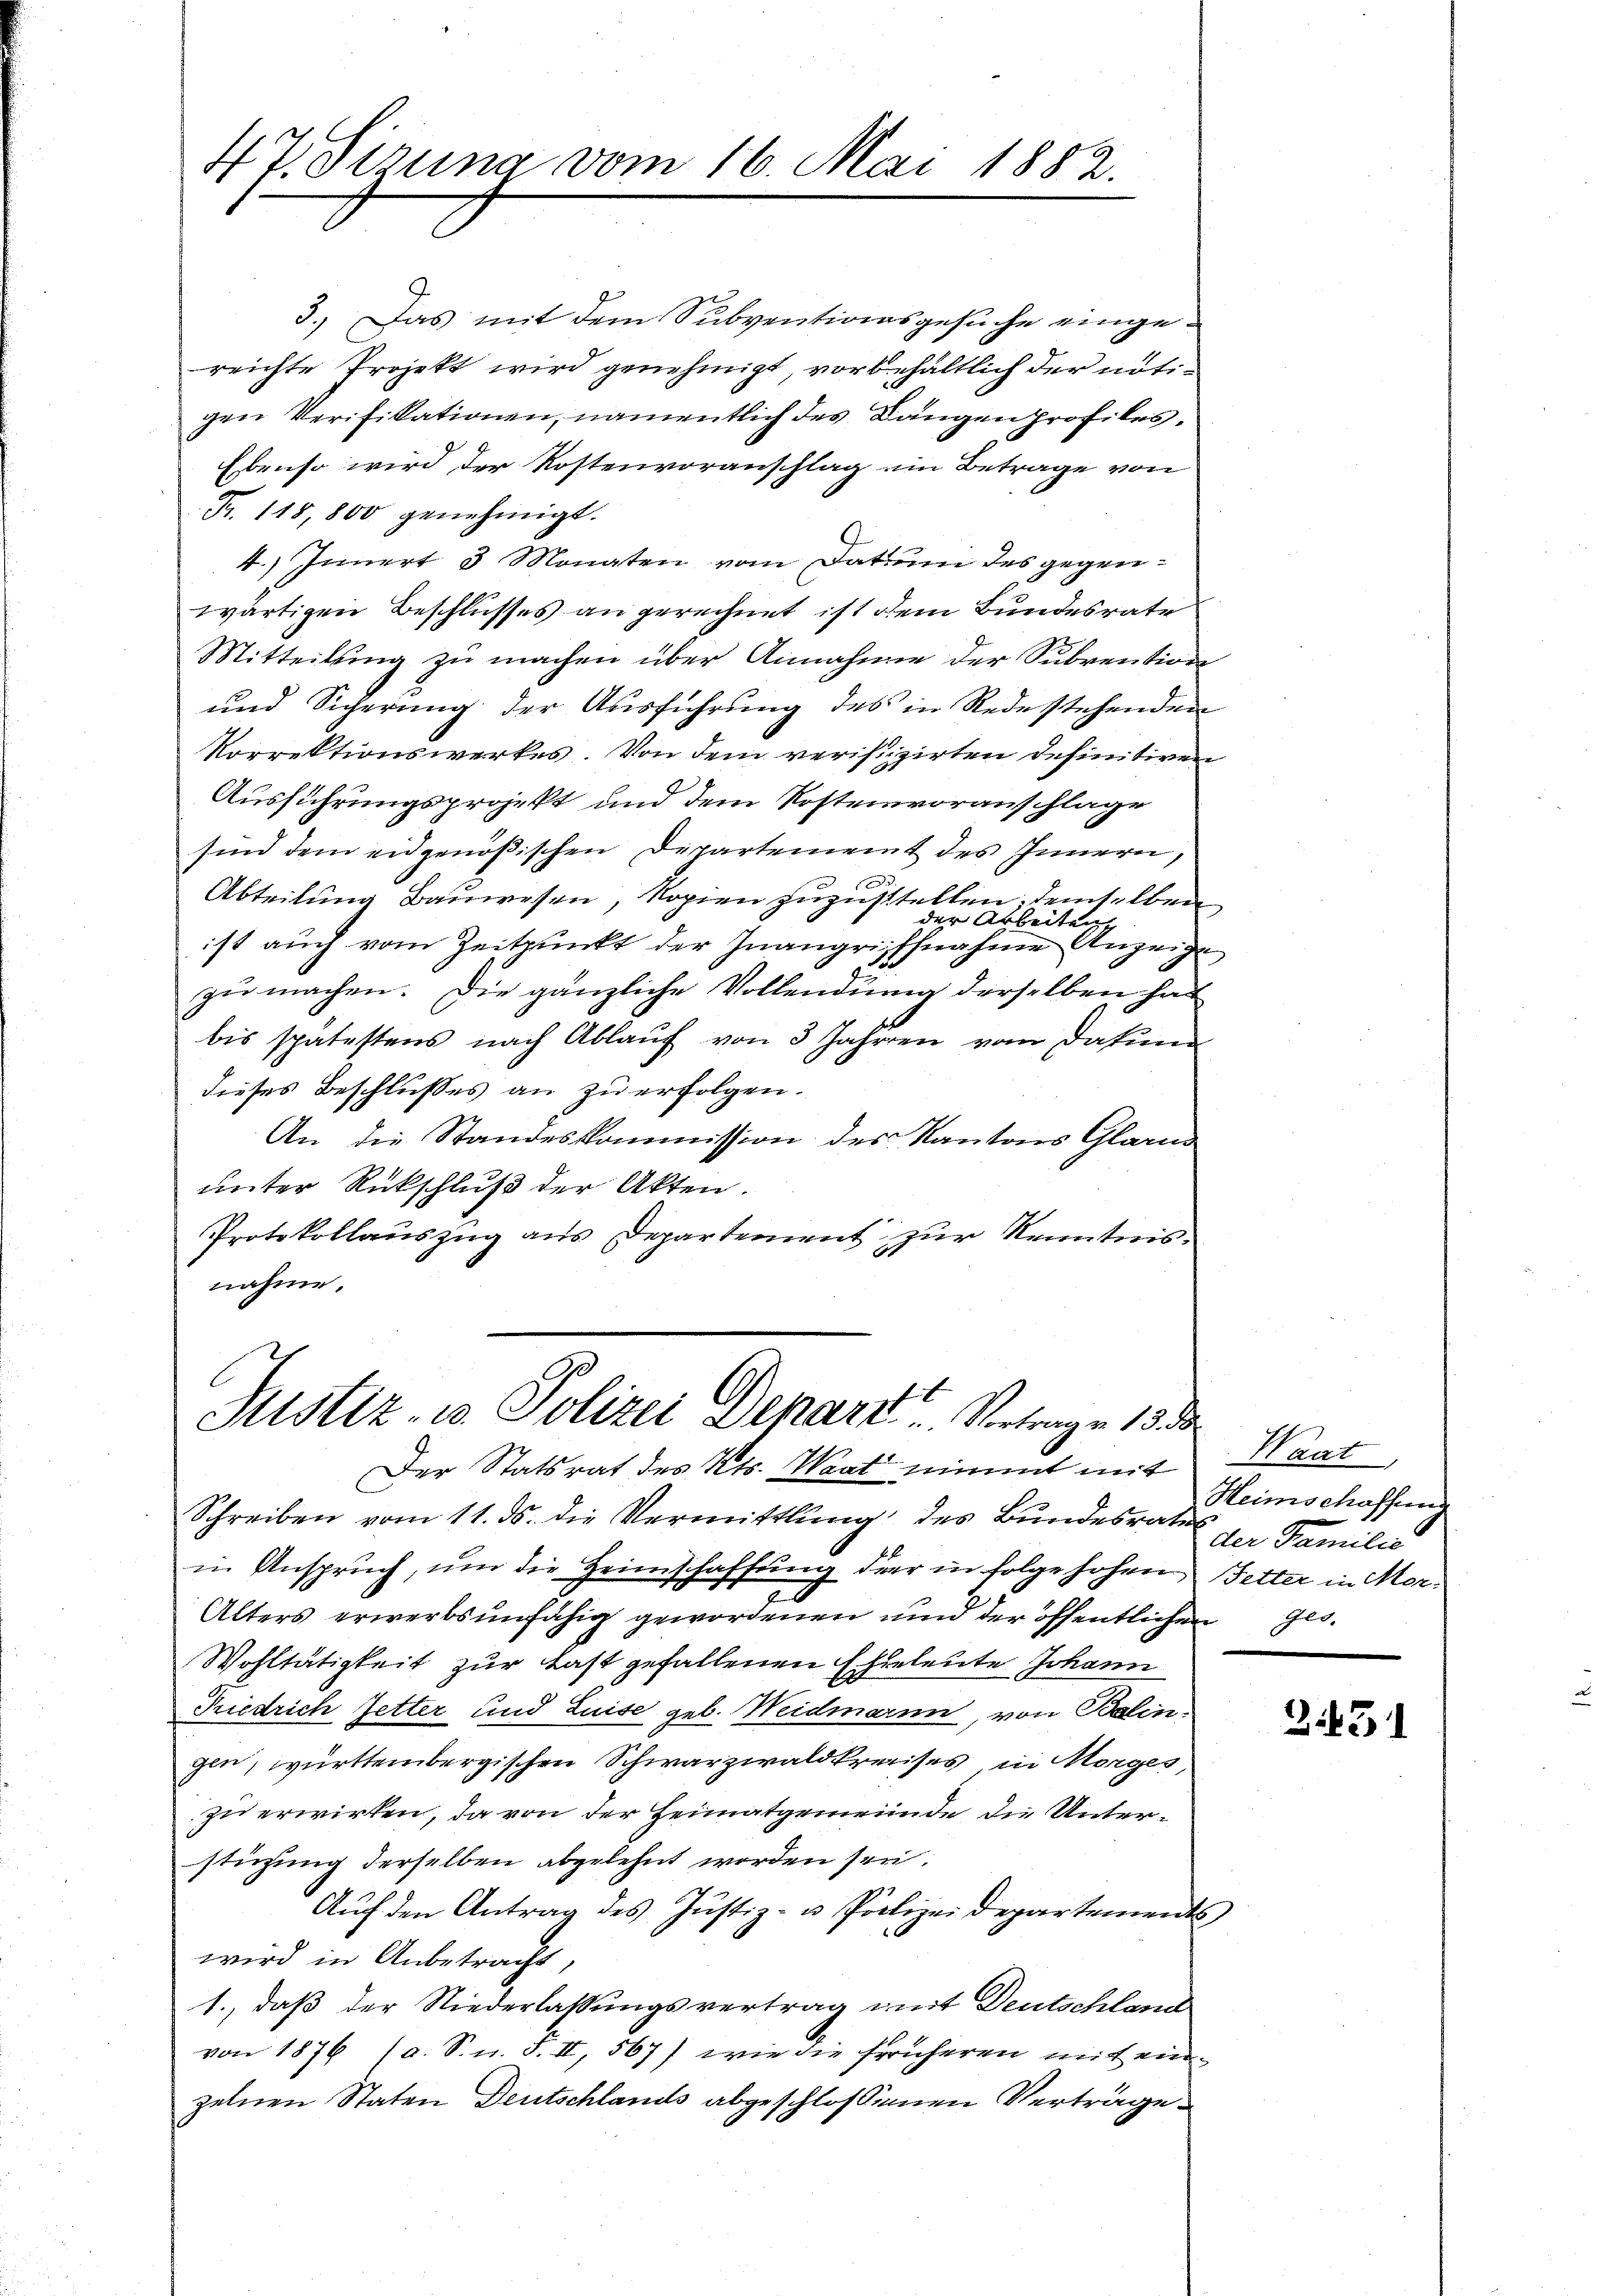
47. Sizung vom 16. Mai 1882.

3.) Das mit dem Subventionsgesuche eingereichte Projekt wird genehmigt, vorbehaltlich der nötigen Verifikationen, namentlich des Langen profiles,
Ebenso wird der Kostenvoranschlag ein Betrage von
Fr. 118,800 genehmigt.
4.) Innert 3 Monaten vom Datum des gegenwärtigen Beschlusses an gerechnet ist dem Bundesrate
Mitteilung zu machen über Annahme der Subventions¬
und Sicherung der Ausführung des in Rede stehenden
Vorrektionswerkes. Von dem verifizirten definitiven
Ausführungsprojekt und dem Kostenvoranschlage
sind dem eidgenößischen Departement des Innern,
Abteilung Bauwesen, Kopien zuzustellen demselben
der Arbeiten
ist auch vom Zeitpunkt der Inangriffnahme Anzeige
zŭ machen. Die gänzliche Vollendung derselben hat
bis spätestens nach Ablaŭf von 3 Jahren vom Datum
dieses Beschlußes an zu erfolgen.
An die Standeskommission des Kantons Glarus
unter Rückschluß der Akten.
Protokollauszug aus Departement zur Kenntnis-
nahme.

Justiz- u. Polizei Departe Vertrage 13 de

Der Statsrat des Kts. Waat nimmt mit Waat,
Schreiben vom 11. ds. die Vermittlung des Bundesraten
in Anspruch, um die Heimschaffung der in folge hohen Fetter in Mor¬
Alters erwerbsunfähig gewordenen und der öffentlichen Ges.
Wohltätigkeit zur Last gefallenen Eheleute Johann
Friedrich Zetter und Luise geb. Weidmann, von Balingen, württembergischen Schwarzwaldkreises in Morges,
zu erwirken, da von der Heimatgemeinde die Unterstüzung derselben abgelehnt worden sei.
Aŭf den Antrag des Justiz- u Polizeidepartements
wird in Anbetracht,
1., daß der Niederlassungsvertrag mit Deutschland
von 1876 (a. S. n. F. II, 567) wie die früheren mit ein
zelnen Staten Deutschlands abgeschlossenen Verträge

Heimschaffung
der Familie

b
3

3.431